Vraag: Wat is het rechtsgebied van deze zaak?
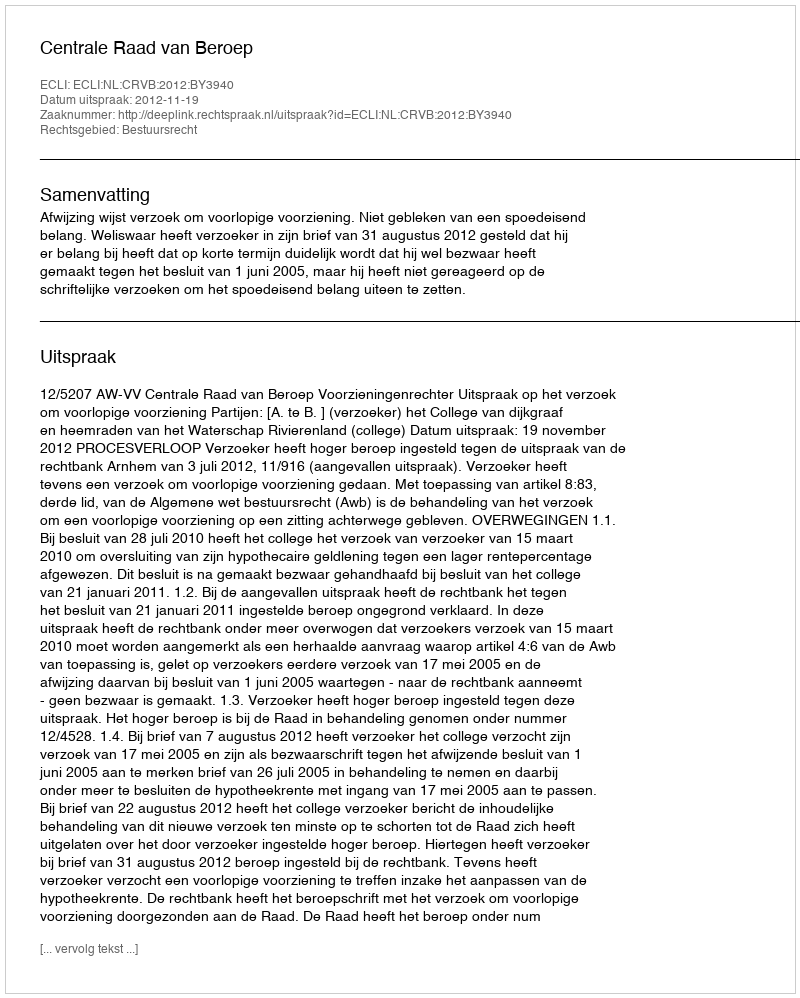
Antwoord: Bestuursrecht